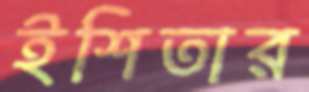
ইশিতার